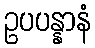
ဥပပန္နာနံ